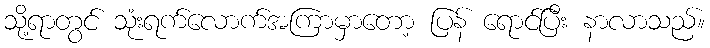
သို့ရာတွင် သုံးရက်လောက်အကြာမှာတော့ ပြန် ရောင်ပြီး နာလာသည်။